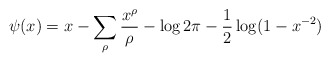
\begin{align*}\psi(x) = x - \sum_{\rho} \frac{x^\rho}{\rho}-\log 2\pi - \frac{1}{2} \log(1-x^{-2})\end{align*}